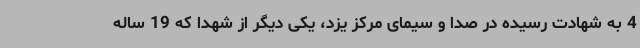
4 به شهادت رسیده در صدا و سیمای مرکز یزد، یکی دیگر از شهدا که 19 ساله